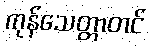
ကုန်သေတ္တာတင်